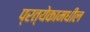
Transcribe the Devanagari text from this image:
प्रत्येकामधील